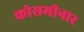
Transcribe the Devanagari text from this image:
कोसमीनार